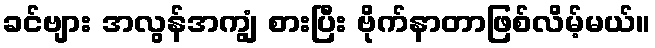
ခင်ဗျား အလွန်အကျွံ စားပြီး ဗိုက်နာတာဖြစ်လိမ့်မယ်။